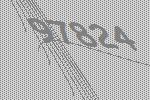
97824